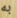
به